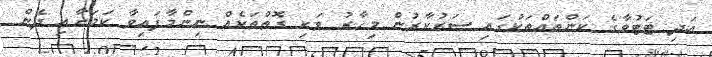
އަދި ޓަޓުވާގެ ކަންތައްތަކުގައި ސަރުކާރުން މިހާރު ވަކި ގޮތްތަކެއް ނިންމާފައިވާ ކަމަށާއި ދެން